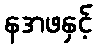
နအဖနှင့်